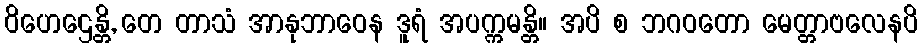
ဝိဟေဌေန္တိ, တေ တာသံ အာနုဘာဝေန ဒူရံ အပက္ကမန္တိ။ အပိ စ ဘဂဝတော မေတ္တာဗလေနပိ